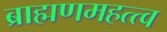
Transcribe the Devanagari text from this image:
ब्राह्मणमहत्त्व